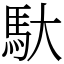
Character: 馱